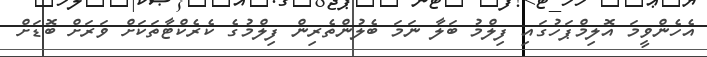
އެހެންވީމަ އޮލިމްޕަހުގައި ފިލްމު ބަލާ ނަމަ ބެލުންތެރިން ފިލްމުގެ ކެރެކްޓާތަކަށް ވަރަށް ބޮޑަށް